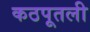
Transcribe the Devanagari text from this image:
कठपूतली